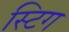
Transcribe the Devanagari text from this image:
स्टिग